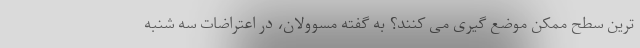
ترین سطح ممکن موضع گیری می کنند؟ به گفته مسوولان، در اعتراضات سه شنبه